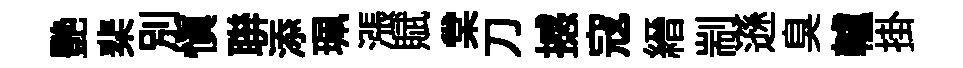
艷棐別慎聨添珮漲賦棠刀撼寇縉剬遜臭轤掛